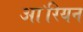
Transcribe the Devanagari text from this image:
आ॓रियन